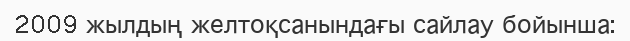
2009 жылдың желтоқсанындағы сайлау бойынша: